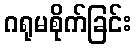
ဂရုမစိုက်ခြင်း